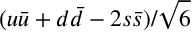
( u \bar { u } + d \bar { d } - 2 s \bar { s } ) / \sqrt { 6 }